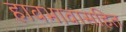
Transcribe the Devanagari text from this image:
हावभावासहित